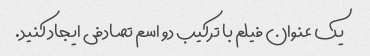
یک عنوان فیلم با ترکیب دو اسم تصادفی ایجاد کنید.